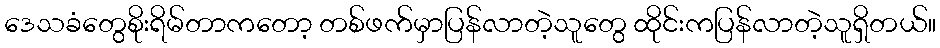
ဒေသခံတွေစိုးရိမ်တာကတော့ တစ်ဖက်မှာပြန်လာတဲ့သူတွေ ထိုင်းကပြန်လာတဲ့သူရှိတယ်။